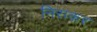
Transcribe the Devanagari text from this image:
निराकर